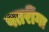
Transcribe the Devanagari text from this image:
पतरींगा